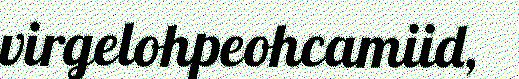
virgelohpeohcamiid,